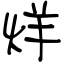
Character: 烊